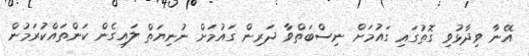
އޭނާ ވިދާޅުވި ގޮތުގައި ގައުމަށް ނިސްބަތްވާ ދަރިން ގައުމަށް ނުނިޔަތް ލައިގެން ކަންތައްކުރަމުން